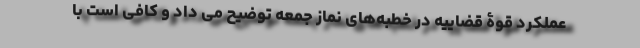
عملکرد قوۀ قضاییه در خطبه‌های نماز جمعه توضیح می داد و کافی است با